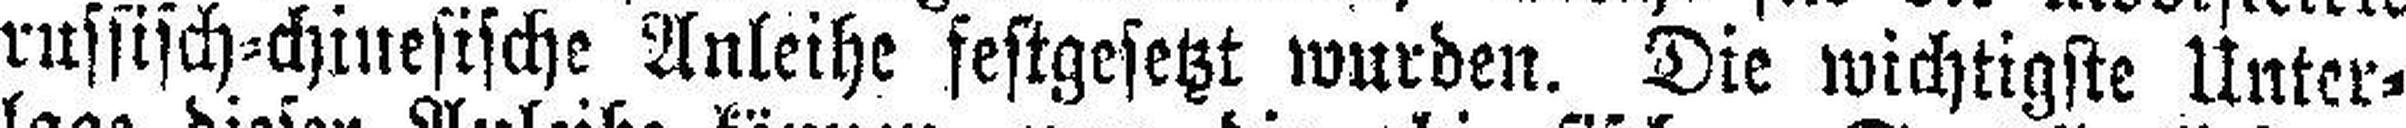
russisch=chinesische Anleihe festgesetzt wurden. Die wichtigste Unter¬